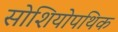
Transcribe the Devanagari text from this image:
सोशियोपथिक